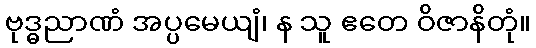
ဗုဒ္ဓညာဏံ အပ္ပမေယျံ၊ န သူ ဧတေ ဝိဇာနိတုံ။